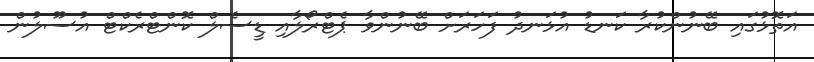
އަތޮޅުގައި ބޭނުންކުރާ ކަނޑު އުޅަނދު ފަހަރަށް ބޭނުންވާ ޕެޓްރޯލާއި ޑީސެލް ކޮންޓްރެކްޓް އުސޫލުން